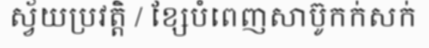
ស្វ័យប្រវត្តិ / ខ្សែបំពេញសាប៊ូកក់សក់